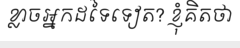
ខ្លាចអ្នកដទៃទៀត? ខ្ញុំគិតថា